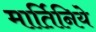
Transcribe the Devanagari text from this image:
मार्तिनिये